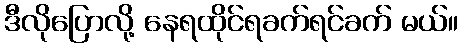
ဒီလိုပြောလို့ နေရထိုင်ရခက်ရင်ခက် မယ်။